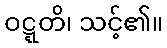
ဝဋ္ဋတိ၊ သင့်၏။